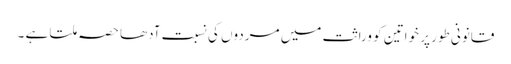
قانونی طور پر خواتین کو وراثت میں مردوں کی نسبت آدھا حصہ ملتا ہے ۔